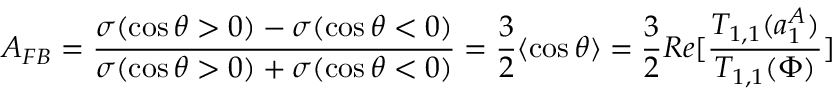
A _ { F B } = \frac { \sigma ( \cos \theta > 0 ) - \sigma ( \cos \theta < 0 ) } { \sigma ( \cos \theta > 0 ) + \sigma ( \cos \theta < 0 ) } = \frac { 3 } { 2 } \langle \cos \theta \rangle = \frac { 3 } { 2 } R e [ \frac { T _ { 1 , 1 } ( a _ { 1 } ^ { A } ) } { T _ { 1 , 1 } ( \Phi ) } ]